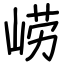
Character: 崂